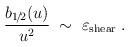
LaTeX: \begin{align*}\frac{b_{1\!/\!2}(u)}{u^2} \;\sim\; \varepsilon_{\mbox{\scriptsize{shear}}}\;.\end{align*}